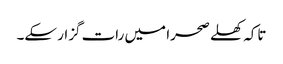
تاکہ کھلے صحرا میں رات گزار سکے۔